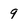
Character: 9